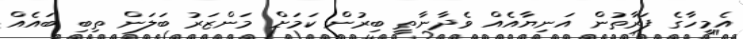
އެމީހާގެ ފަރާތުން އަނިޔާއެއް ވެދާނާތީ ބިރުން ކަމަށް މަންޒަރު ބަލަން ތިބި ބައެއް